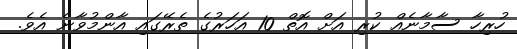
ހުރިހާ ސާމާނެއް ކުރި އަށް އޮތް 10 އަހަރުގެ ތެރޭގައި އާންމުވާނެ އެވެ.